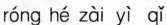
róng hé zài yì qǐ